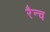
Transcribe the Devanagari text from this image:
रैन्च